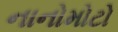
નાનોમોટો